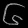
Digit: ၆